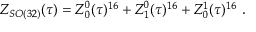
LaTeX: Z _ { S O ( 3 2 ) } ( \tau ) = Z _ { 0 } ^ { 0 } ( \tau ) ^ { 1 6 } + Z _ { 1 } ^ { 0 } ( \tau ) ^ { 1 6 } + Z _ { 0 } ^ { 1 } ( \tau ) ^ { 1 6 } \ .